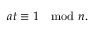
a t \equiv 1 \mod n .